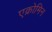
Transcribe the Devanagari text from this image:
एक्रोमिन